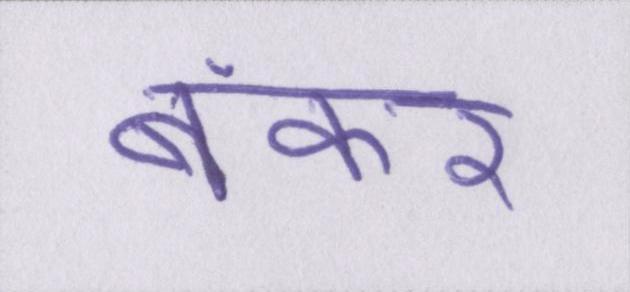
बंकर